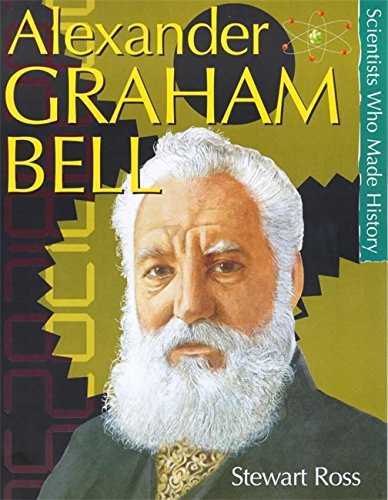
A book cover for Alexander Graham Bell (Scientists Who Made History); Stewart Ross; Children's Books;